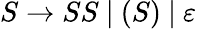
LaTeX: S\to SS~|~(S)~|~\varepsilon